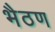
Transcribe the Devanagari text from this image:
भैठण